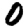
Digit: 0